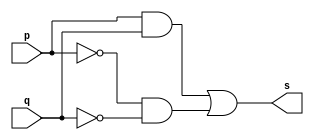
// ------------------------- 
//--userConstruir a tabela_verdade para a porta XNOR com 2 entradas. 
//--Obs.: Usar a expresso: a b+a'b' na definio do mdulo.       
//----------------------------- 
// Exercicio07 - XNOR 
// Nome: Milton costa teles da silva

// ---------------------
// -- xnor gate
// ---------------------

module xnorgate (output s, input p, input q );
 assign s = ( p&q | ~p&~q );

endmodule // xnorgate

// ---------------------
// -- test xnor gate
// ---------------------

module testxnorgate;
 reg   a, b;
 wire  s;
          // instancia
 xnorgate XNOR1 (s, a, b);
 
//----------// parte principal
 initial begin
      $display("Exercicio07 -  Milton teles da silva - 002751");
      $display("Test xnor gate");
      $display("\na ~^ b  = s\n");
      a=0; b=0;
      $monitor("%b ~^ %b  = %b", a , b , s);
   #1 a=0; b=1;
   #1 a=1; b=0;
   #1 a=1; b=1;
 end
endmodule // testnandgate